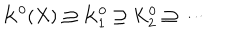
K ^ { 0 } ( X ) \supseteq K _ { 1 } ^ { 0 } \supseteq K _ { 2 } ^ { 0 } \supseteq \cdots